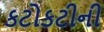
કટોકટીની